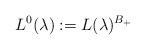
LaTeX: \begin{align*}L^0(\lambda):=L(\lambda)^{B_+}\end{align*}